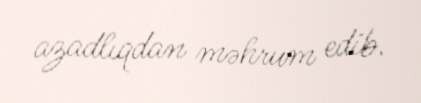
azadlıqdan məhrum edib.